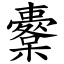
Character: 櫜